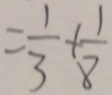
= \frac { 1 } { 3 } + \frac { 1 } { 8 }